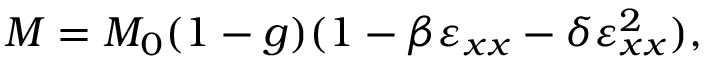
M = M _ { 0 } ( 1 - g ) ( 1 - \beta \varepsilon _ { x x } - \delta \varepsilon _ { x x } ^ { 2 } ) ,